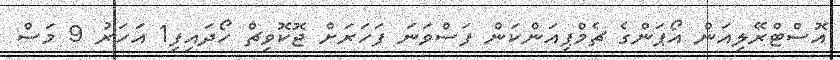
އޮސްޓްރޭލިއަން އޯޕަންގެ ޗެމްޕިއަންކަން ފަސްވަނަ ފަހަރަށް ޖޮކޮވިޗް ހޯދައިފި1 އަހަރު 9 މަސް